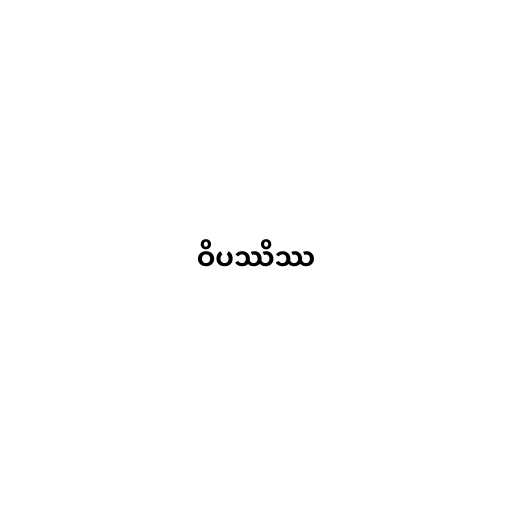
ဝိပဿိဿ